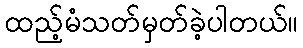
ထည့်မံသတ်မှတ်ခဲ့ပါတယ်။